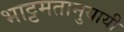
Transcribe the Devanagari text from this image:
भाट्टमतानुयायी